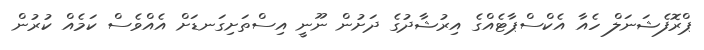
ޕްރޮފެޝަނަލް ހެއާ އެކްސްޕާޓެއްގެ އިރުޝާދުގެ ދަށުން ނޫނީ އިސްތަށިގަނޑަށް އެއްވެސް ކަމެއް ކުރުން